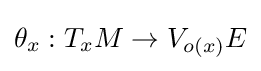
\theta _{x}:T_{x}M\rightarrow V_{o(x)}E